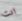
انت